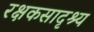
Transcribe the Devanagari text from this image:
रक्षकसादृश्य